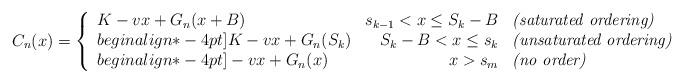
LaTeX: \begin{align*}C_n(x)=\left\{\begin{array}{lrlr}K-vx+G_n(x+B)&s_{k-1}< x\leq S_{k}-B&\mbox{\em(saturated ordering)}\\begin{align*}-4pt]K-vx+G_n(S_k)&S_{k}-B< x\leq s_{k} &\mbox{\em(unsaturated ordering)}\\begin{align*}-4pt]-vx+G_n(x)&x> s_m&\mbox{\em(no order)}\end{array}\right.\end{align*}